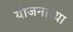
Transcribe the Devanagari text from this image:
योजनाच्या